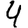
Digit: 4